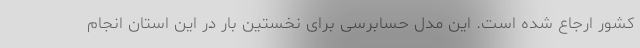
کشور ارجاع شده است. این مدل حسابرسی برای نخستین بار در این استان انجام